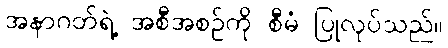
အနာဂတ်ရဲ့ အစီအစဉ်ကို စီမံ ပြုလုပ်သည်။